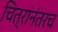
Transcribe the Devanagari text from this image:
चित्रांनंतरच